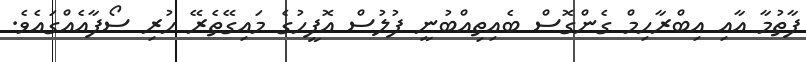
ފާތުމާ އާއި އިބްރާހިމް ގެންގޮސް ބެއިތިއްބުނީ ފުލުސް އޮފީހުގެ މައިގޭތެރޭ ހުރި ސޯފާއެއްގައެވެ.